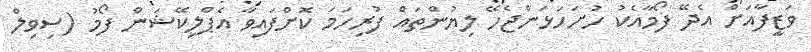
ވަޒީފާއަށް އެދޭ ފޯމާއެކު ހުށަހަޅަންޖެހޭ ލިޔުންތައް ފުރިހަމަ ކޮށްފައިވާ އެޕްލިކޭޝަން ފޯމު (ސިވިލް